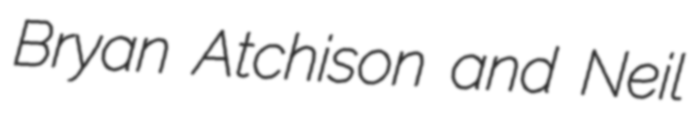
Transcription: Bryan Atchison and Neil